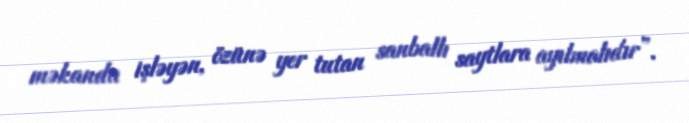
məkanda işləyən, özünə yer tutan sanballı saytlara ayılmalıdır”.